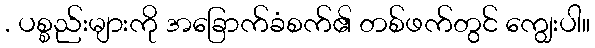
. ပစ္စည်းများကို အခြောက်ခံစက်၏ တစ်ဖက်တွင် ကျွေးပါ။